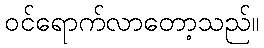
ဝင်ရောက်လာတော့သည်။